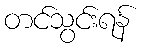
တင်သွင်းရန်